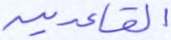
القاعدين